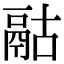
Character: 𩰯